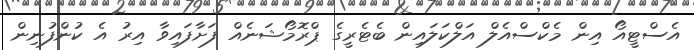
އެސްޓީއޯ އިން މެކްސްއެލް އަލްކަލައިން ބެޓެރީގެ ޕްރޮމޯޝަނެއް ފަށާފައިވާ އިރު އެ ކުންފުނިން